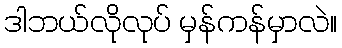
ဒါဘယ်လိုလုပ် မှန်ကန်မှာလဲ။